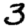
Digit: 3